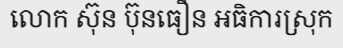
លោក ស៊ុន ប៊ុនធឿន អធិការស្រុក